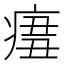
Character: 𤷨